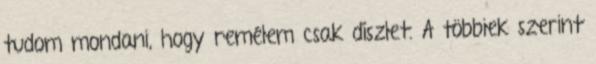
tudom mondani, hogy remélem csak díszlet. A többiek szerint